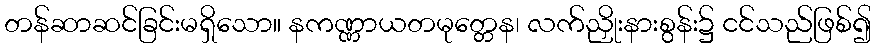
တန်ဆာဆင်ခြင်းမရှိသော။ နကဏ္ဏာယတမုတ္တေန၊ လက်ညှိုးနားစွန်း၌ ငင်သည်ဖြစ်၍